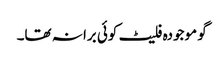
گو موجودہ فلیٹ کوئی برا نہ تھا۔